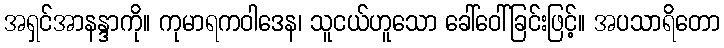
အရှင်အာနန္ဒာကို။ ကုမာရကဝါဒေန၊ သူငယ်ဟူသော ခေါ်ဝေါ်ခြင်းဖြင့်။ အပသာရိတော